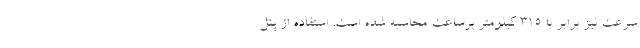
سرعت نیز برابر با 315 کیلومتر برساعت محاسبه شده است. استفاده از پنل